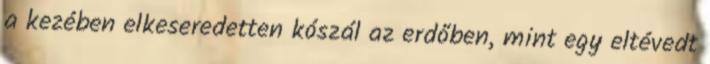
a kezében elkeseredetten kószál az erdőben, mint egy eltévedt